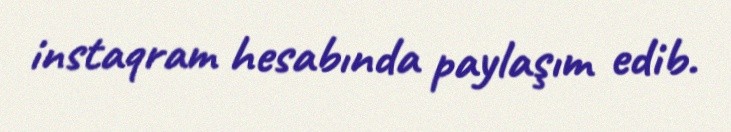
instaqram hesabında paylaşım edib.